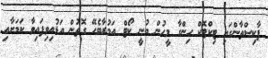
ޕާކިސްތާންގައި ޓިކްޓޮކް ހިންގާ މީހުން ބުނީ ކޯޓް އަމުރާބެހޭ ގޮތުން އަޑުއިވިފައިވާ ކަމަށާއި